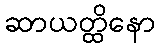
ဆာယတ္ထိနော